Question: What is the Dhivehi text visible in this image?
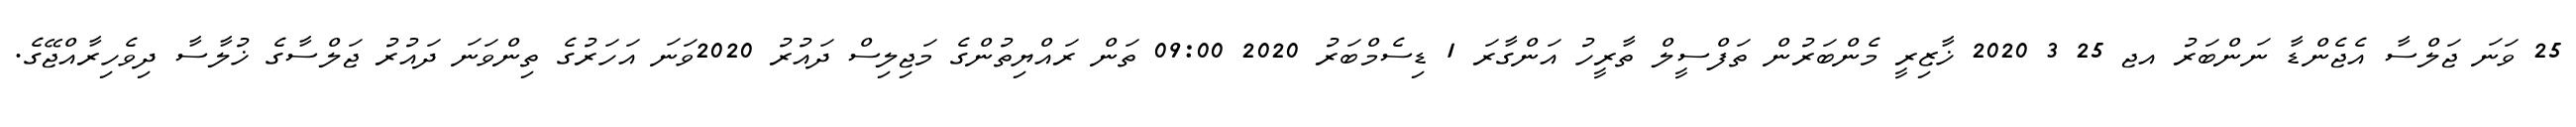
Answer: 25 ވަނަ ޖަލްސާ އެޖެންޑާ ނަންބަރު އޖ 25 3 2020 ޚާޒިރީ މެންބަރުން ތަފްސީލް ތާރީހު އަންގާރަ 1 ޑިސެމްބަރު 2020 09:00 ތަން ރައްޔިތުންގެ މަޖިލިސް ދައުރު 2020ވަނަ އަހަރުގެ ތިންވަނަ ދައުރު ޖަލްސާގެ ޚުލާސާ ދިވެހިރާއްޖޭގެ.